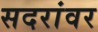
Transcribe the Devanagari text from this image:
सदरांवर